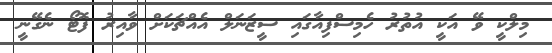
މިލްކީ ވޭ އަކީ އުތުރު ހެމިސްފިއާގައި ސީޒަނަލް އެއްޗަކަށް ވާއިރު ފޮޓޯ ނެގޭނީ